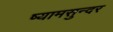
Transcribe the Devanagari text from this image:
ष्यामसुन्दर